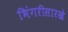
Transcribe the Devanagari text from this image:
भिंगरीसारखे